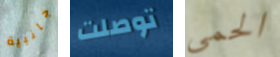
جانبية توصلت الحمى